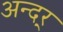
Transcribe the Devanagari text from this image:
अन्दर्